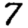
Digit: 7